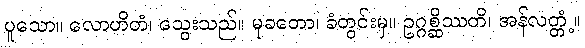
ပူသော။ လောဟိတံ၊ သွေးသည်။ မုခတော၊ ခံတွင်းမှ။ ဥဂ္ဂစ္ဆိဿတိ၊ အန်လတ္တံ့။